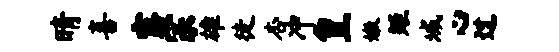
晴喜露宗雄徒杏冲皇嫩矩域心过